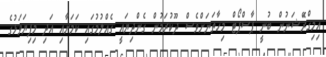
އިމިގްރޭަޝަނުން ބުނީ ޕާސްޕޯޓް މިހާތަނަށްވެސް ދޫކުރަމުން ގެންދިޔައީ ގެއްލުމުގައި ކަމަށާއި އަދި މިފިޔަވަޅުގެ